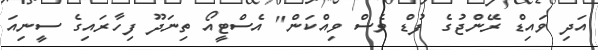
އަދި ވައިޑް ރޭންޖުގެ ފުޑް ވެސް ވިއްކަން" އެސްޓީއޯ ތިނަދޫ ފިހާރައިގެ ސީނިއަ